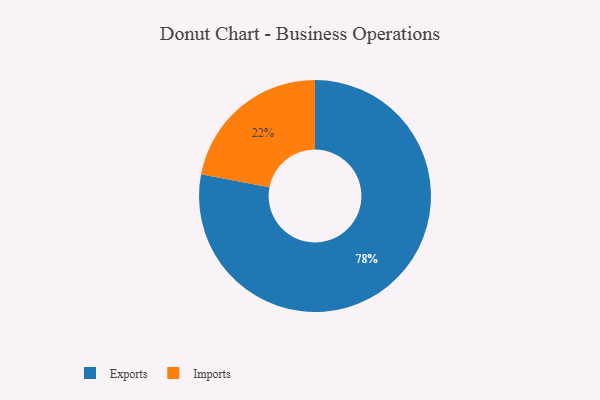
{"axis": {"x": "Category", "y": "Percentage"}, "legend": ["Exports", "Imports"], "data": [{"x": "Imports", "y": 22, "type": "Imports"}, {"x": "Exports", "y": 78, "type": "Exports"}]}